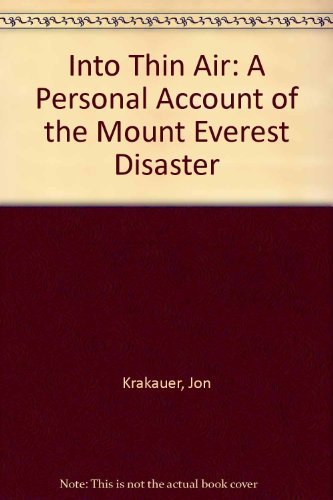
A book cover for Into Thin Air: A Personal Account of the Mount Everest Disaster; Jon Krakauer; Travel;